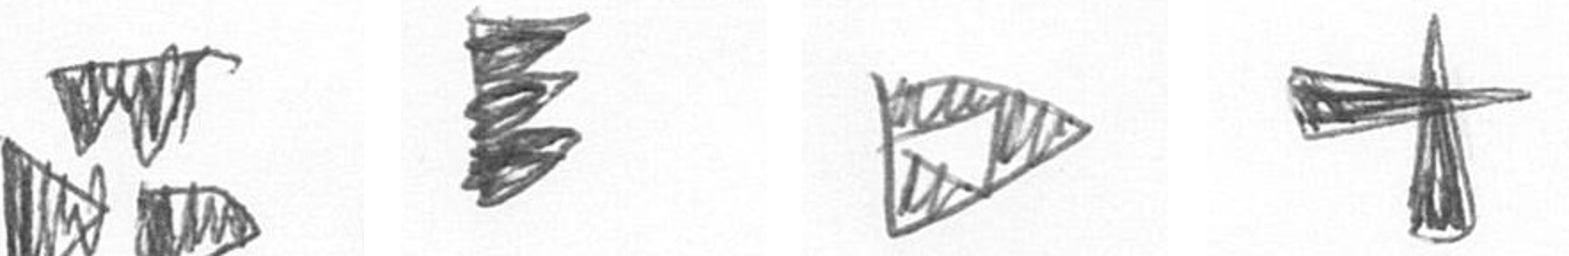
B H K G